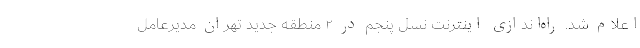
اعلام شد. راه‌اندازی اینترنت نسل پنجم در ۲ منطقه جدید تهران مدیرعامل